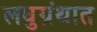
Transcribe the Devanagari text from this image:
लघुग्रंथात